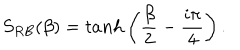
S _ { R B } ( \beta ) = t a n h \left( \frac { \beta } { 2 } - \frac { i \pi } { 4 } \right) .